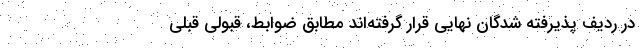
در ردیف پذیرفته شدگان نهایی قرار گرفته‌اند مطابق ضوابط، قبولی قبلی